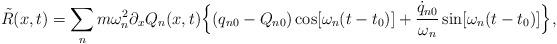
LaTeX: \begin{align*}\tilde{R}(x,t) = \sum_{n} m \omega_{n}^{2}\partial_{x}Q_{n}(x,t) \Big\{ (q_{n0} - Q_{n0})\cos[\omega_{n}(t-t_{0})] + \frac{\dot{q}_{n0}}{\omega_{n}} \sin [\omega_{n}(t-t_{0})] \Big\} ,\end{align*}